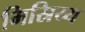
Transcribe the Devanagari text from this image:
मिस्रिय्य